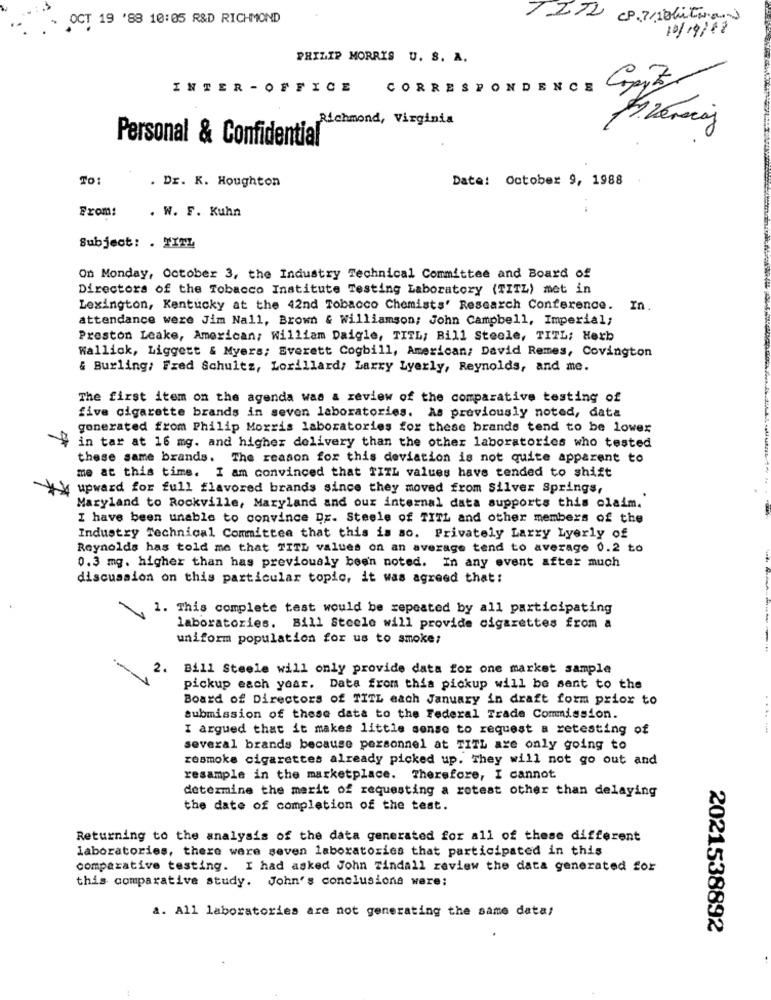
OCT 19 '88 10:05 R&D RICHMOND
7.212 cpusolutions
10/19/18
PHILIP MORRIS U. S. A.
INTER - OFFICE CORRESPONDENCE
Richmond, Virginia
Personal & Confidential
TO:
Date: October 9, 1988
. Dr. K. Houghton
From:
. W. F. Kuhn
Subject: . YITL
On Monday, October 3, the Industry Technical Committee and Board of
Directors of the Tobacco Institute Testing Laboratory (TITZ) met in
Lexington, Kentucky at the 42nd Tobacco Chemists' Research Conference. In.
attendance were Jim Nall, Brown & Williamson; John Campbell, Imperial;
Preston Leake, American; William Daigle, TITL; Bill Steele, TITL; Herb
Wallick, Liggett & Myers; Everett Cogbill, American; David Remes, Covington
& Burling: Fred Schultz, Lorillard, Larry Lyerly, Reynolds, and me.
The first item on the agenda was a review of the comparative testing of
five cigarette brands in seven laboratories. As previously noted, data
generated from Philip Morris laboratories for these brands tend to be lover
in tar at 16 mg. and higher delivery than the other laboratories who tested
these same brands. The reason for this deviation is not quite apparent to
me at this time. I am convinced that TIIL values have tended to shift
\ upward for full flavored brands since they moved from Silver Springs,
Maryland to Rockville, Maryland and our internal data supports this claim.
I have been unable to convince Dr. Steele of TITL and other members of the
Industry Technical Committee that this is ao. Privately Larry Lyerly of
Reynolds has told me that TITL values on an average tend to average 0.2 to
0.3 mg. higher than has previously been noted. In any event after much
discussion on this particular topic, it was agreed that:
1. This complete test would be repeated by all participating
laboratories. Bill Steele will provide cigarettes from a
uniform population for us to smoke:
2.
Bill Steele will only provide data for one market sample
pickup each year. Data from this pickup will be sent to the
Board of Directors of TITL each January in draft form prior to
submission of these data to the Federal Trade Commission.
I argued that it makes little sense to request a retesting of
several brands because personnel at TITL are only going to
rosmoke cigarettes already picked up. They will not go out and
resample in the marketplace. Therefore, I cannot
determine the merit of requesting a retest other than delaying
the date of completion of the test.
Returning to the analysis of the data generated for all of these different
laboratories, there were seven laboratories that participated in this
comparative testing. I had asked John Tindall review the data generated for
this comparative study. John's conclusions were:
a. All laboratories are not generating the same data:
2021538892